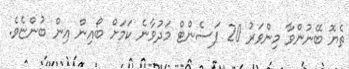
ތެޔޮ ބޭނުންވާ މިންވަރު 20 ޕަސެންޓް މަދުވާނެ ކަމަށް ބޯއިން އިން ބުންޏެވެ.